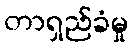
တာရှည်ခံမှု